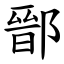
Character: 鄑